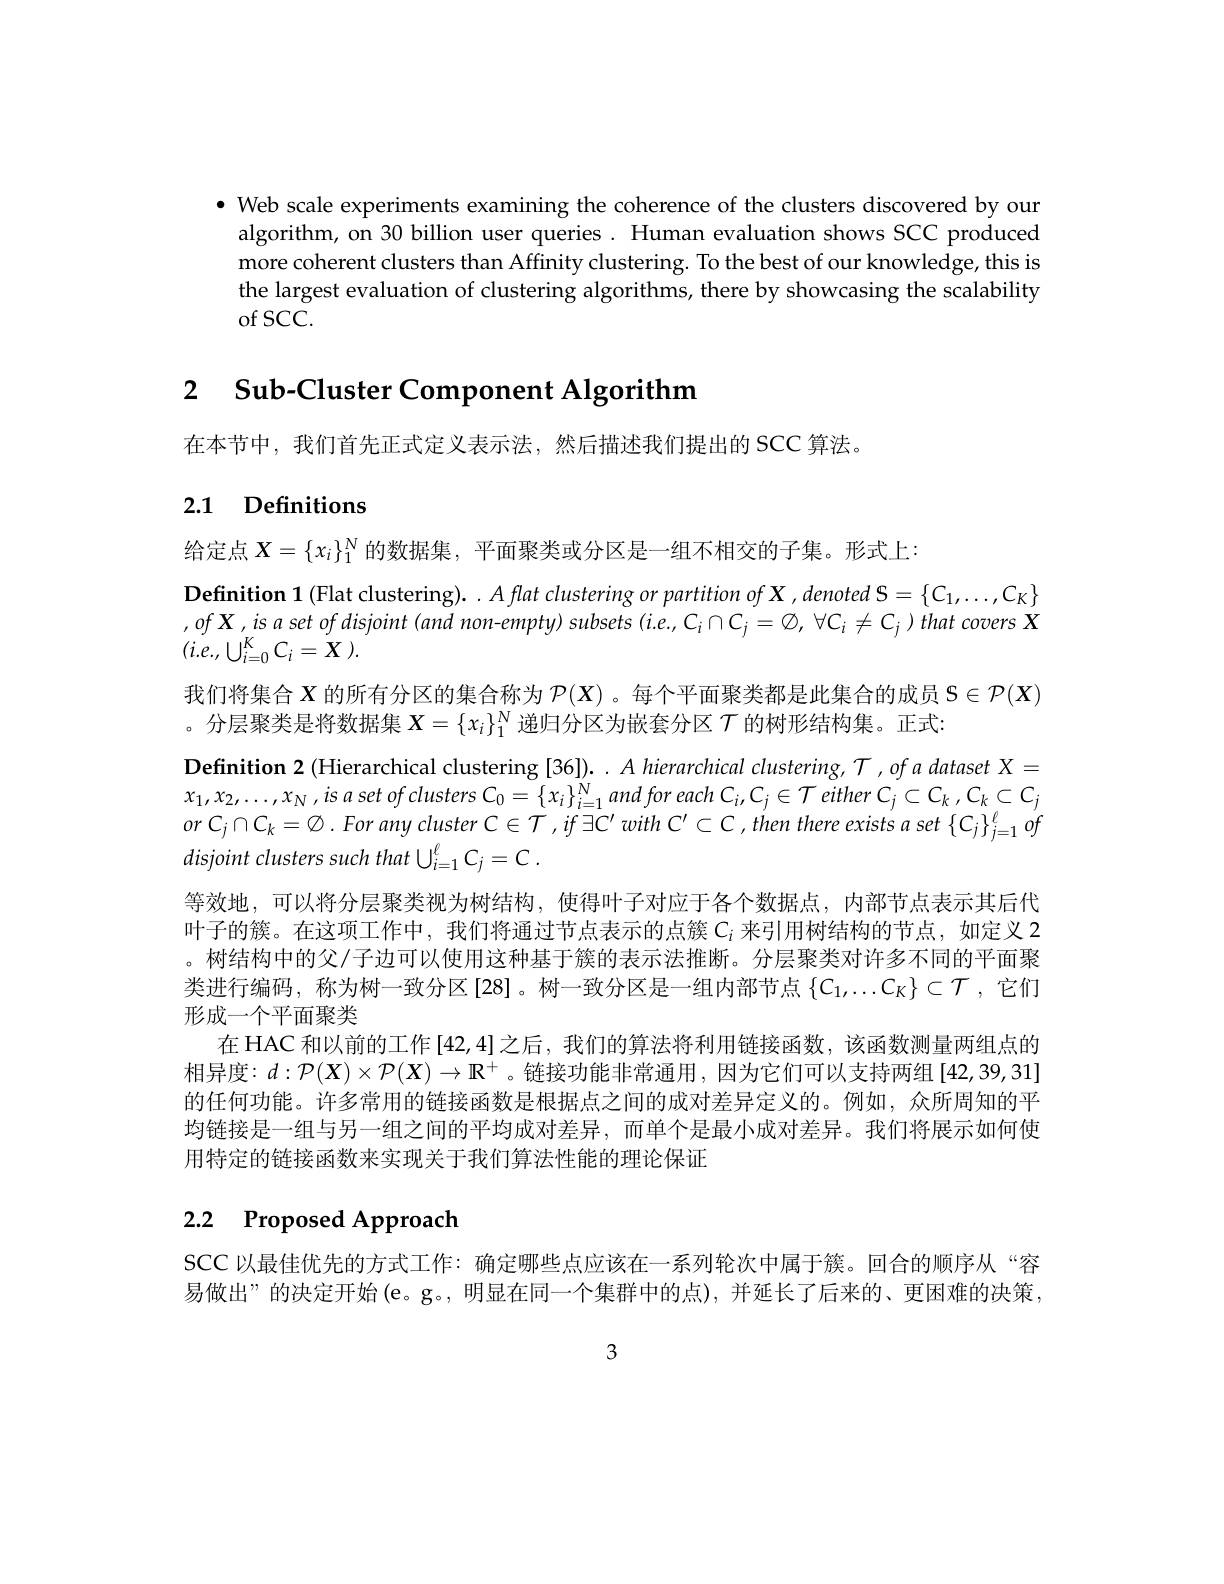
$\bullet$ Web scale experiments examining the coherence of the clusters discovered by oun algorithm, on 30 billion user queries. Human evaluation shows SCC produced more coherent clusters than Affinity clustering. To the best of our knowledge, this is the largest evaluation of clustering algorithms, there by showcasing the scalability of SCC.

2 $\textbf{Sub- Cluster Component Algorithm}$

在本节中，我们首先正式定义表示法，然后描述我们提出的 SCC 算法。
2.1 Definitions

我们将集合$X$的所有分区的集合称为$\mathcal{P}(X)$ 。每个平面聚类都是此集合的成员$S\in\mathcal{P}(X)$

给定点$X=\{x_i\}_1^N$的数据集，平面聚类或分区是一组不相交的子集。形式上：
$\textbf{Definition 1 ( Flat clustering) . . A flat clustering or partition of X , denoted S}= \{ C_1, \ldots , C_K\}$ $,ofX,isasetofdisjoint(and$ non-empty) subsets (i.e., Ci$\cap C_j=\emptyset,\forall C_i\neq C_j)that$ covers X $( i. e. , \bigcup _{i= 0}^{K}C_{i}= \tilde{X}$ ).
。分层聚类是将数据集$X=\{x_i\}_1^N$递归分区为嵌套分区$\mathcal{T}$的树形结构集。正式：
Definition 2 (Hierarchical clustering [36]). . $A$ hierarchical clustering, $T$ ,of a dataset X = $x_{1}, x_{2}, \ldots , x_{N}, isaset$ $of$ clusters $C_{0}= \{ x_{i}\} _{i= 1}^{N}$ and for each $C_{i}, C_{j}\in \mathcal{T}$ either $C_{j}\subset C_{k}$ $, C_{k}\subset C_{j}$ $or$ $C_{j}\cap C_{k}= \emptyset . For$ any cluster $C\in \mathcal{T} , if$ $\exists C^{\prime }$ with $C^{\prime }\subset \mathcal{C} , then$ there exists $a$ set $\{ C_{j}\} _{j= 1}^{\ell }$ $of$ disjoint clusters such that $\bigcup _i= 1^{\ell }C_{j}= C$ .
等效地，可以将分层聚类视为树结构，使得叶子对应于各个数据点，内部节点表示其后代叶子的簇。在这项工作中，我们将通过节点表示的点簇$C_i$ 来引用树结构的节点，如定义 2 。树结构中的父/子边可以使用这种基于簇的表示法推断。分层聚类对许多不同的平面聚类进行编码，称为树一致分区[28]。树一致分区是一组内部节点$\{C_1,\ldots C_K\}\subset\mathcal{T}$,它们形成一个平面聚类
在 HAC 和以前的工作[42,4]之后，我们的算法将利用链接函数，该函数测量两组点的相异度$:d:\mathcal{P}(X)\times\mathcal{P}(X)\to\mathbb{R}^+$。链接功能非常通用，因为它们可以支持两组[42,39,31] 的任何功能。许多常用的链接函数是根据点之间的成对差异定义的。例如，众所周知的平均链接是一组与另一组之间的平均成对差异，而单个是最小成对差异。我们将展示如何使用特定的链接函数来实现关于我们算法性能的理论保证

# 2.2 Proposed Approach

SCC 以最佳优先的方式工作：确定哪些点应该在一系列轮次中属于簇。回合的顺序从“容易做出”的决定开始$\left(\mathrm{e}\mathrm{。g}\mathrm{。,~}\text{明显在同一个集群中的点),并延长了后来的、更困难的决策，}\right.$

3